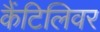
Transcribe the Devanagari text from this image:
कैंटिलिवर